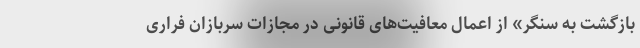
بازگشت به سنگر» از اعمال معافیت‌های قانونی در مجازات سربازان فراری